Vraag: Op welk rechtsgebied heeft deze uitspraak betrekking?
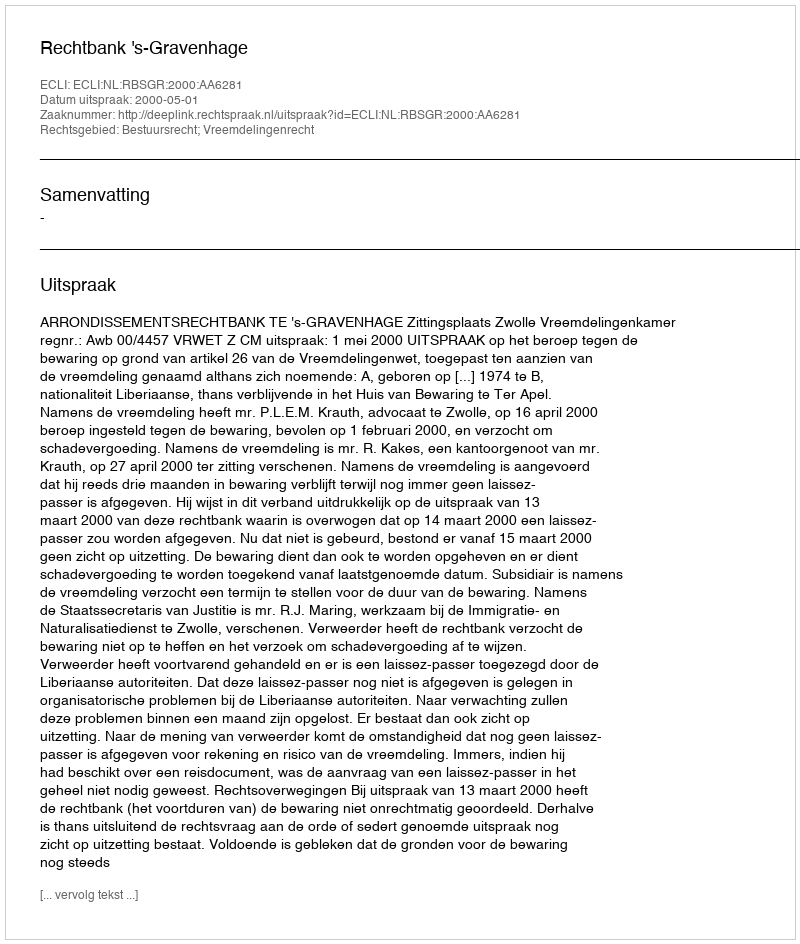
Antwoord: Bestuursrecht; Vreemdelingenrecht